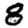
Digit: 8